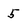
Character: 5